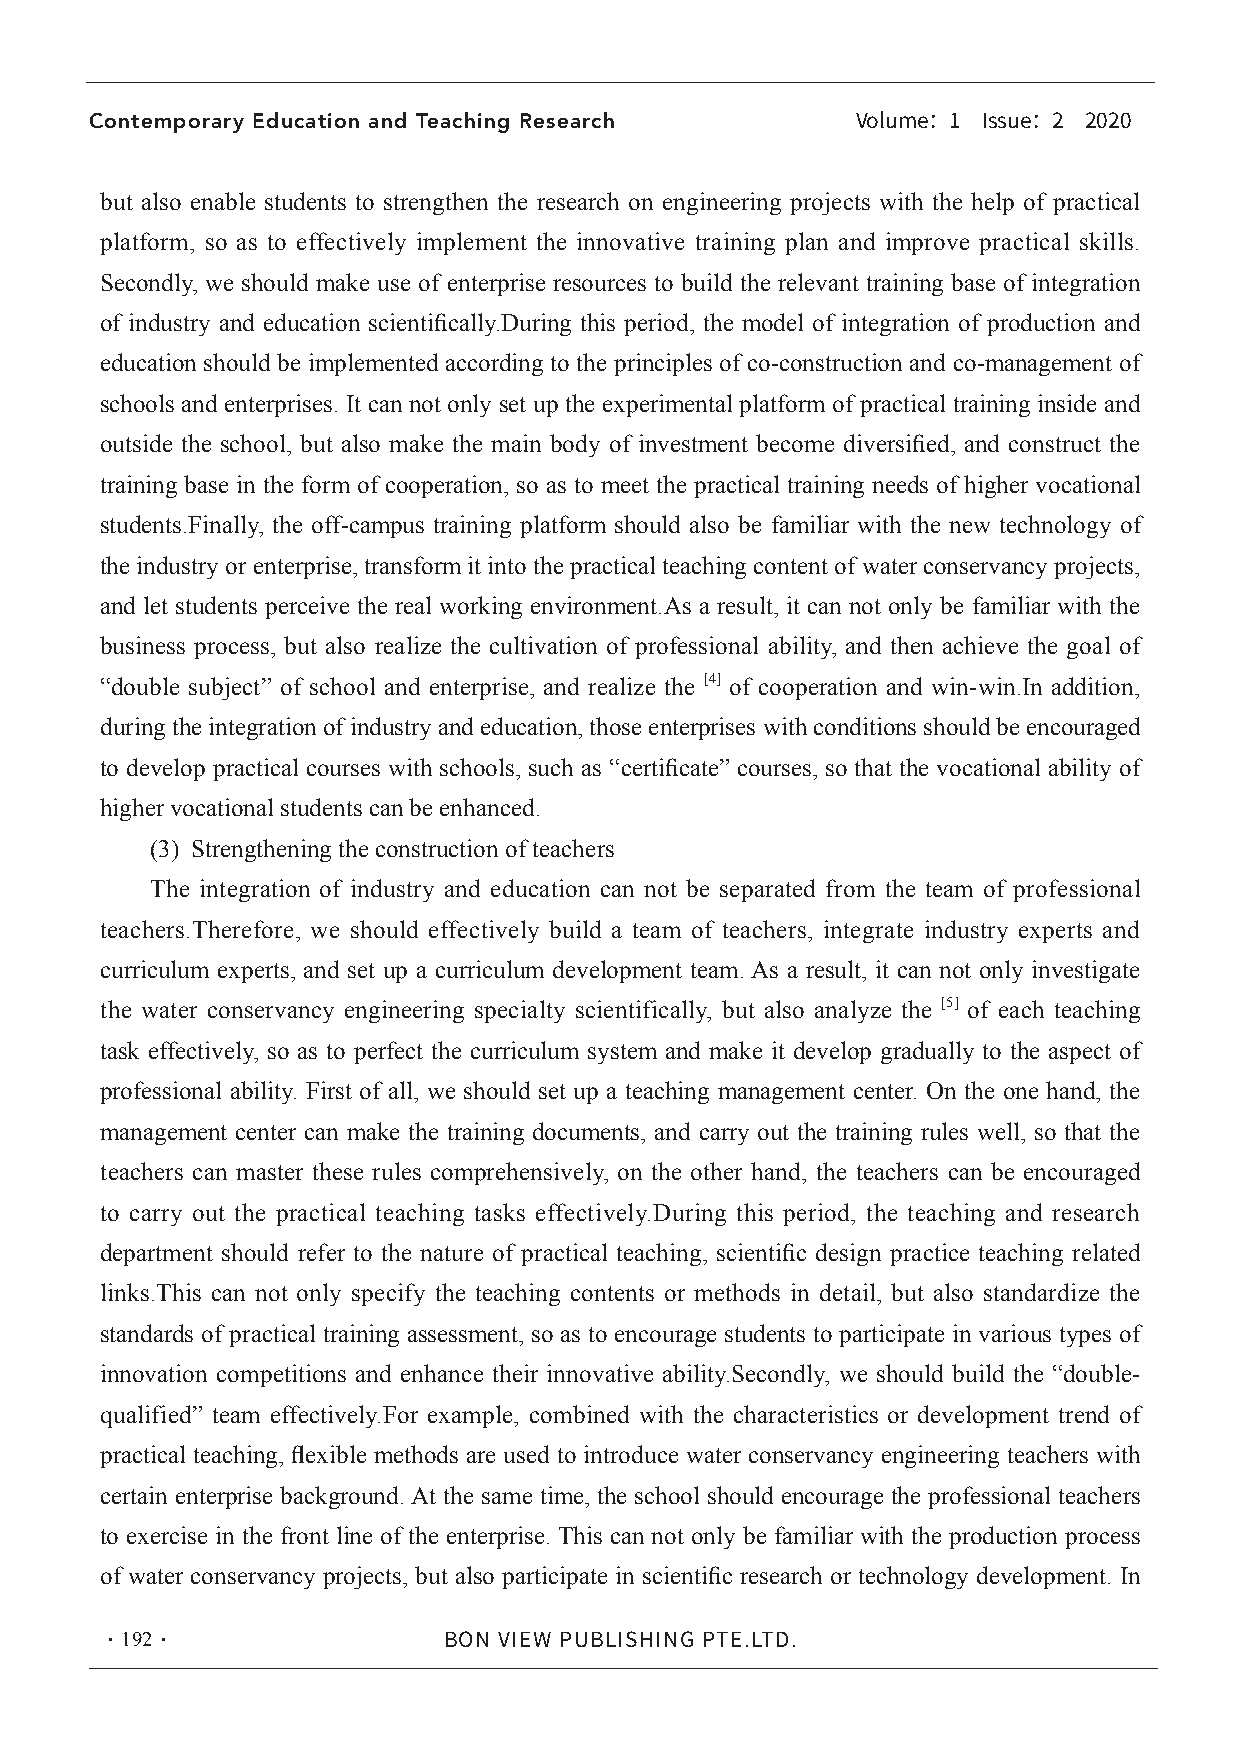
Contemporary Education and Teaching Research
 Volume：1 Issue：2 2020
 but also enable students to strengthen the research on engineering projects with the help of practical
 platform, so as to effectively implement the innovative training plan and improve practical skills.
 Secondly, we should make use of enterprise resources to build the relevant training base of integration
 of industry and education scientifically.During this period, the model of integration of production and
 education should be implemented according to the principles of co-construction and co-management of
 schools and enterprises. It can not only set up the experimental platform of practical training inside and
 outside the school, but also make the main body of investment become diversified, and construct the
 training base in the form of cooperation, so as to meet the practical training needs of higher vocational
 students.Finally, the off-campus training platform should also be familiar with the new technology of
 the industry or enterprise, transform it into the practical teaching content of water conservancy projects,
 and let students perceive the real working environment.As a result, it can not only be familiar with the
 business process, but also realize the cultivation of professional ability, and then achieve the goal of
 “double subject” of school and enterprise, and realize the [4] of cooperation and win-win.In addition,
 during the integration of industry and education, those enterprises with conditions should be encouraged
 to develop practical courses with schools, such as “certificate” courses, so that the vocational ability of
 higher vocational students can be enhanced.
 (3) Strengthening the construction of teachers
 The integration of industry and education can not be separated from the team of professional
 teachers.Therefore, we should effectively build a team of teachers, integrate industry experts and
 curriculum experts, and set up a curriculum development team. As a result, it can not only investigate
 the water conservancy engineering specialty scientifically, but also analyze the [5] of each teaching
 task effectively, so as to perfect the curriculum system and make it develop gradually to the aspect of
 professional ability. First of all, we should set up a teaching management center. On the one hand, the
 management center can make the training documents, and carry out the training rules well, so that the
 teachers can master these rules comprehensively, on the other hand, the teachers can be encouraged
 to carry out the practical teaching tasks effectively.During this period, the teaching and research
 department should refer to the nature of practical teaching, scientific design practice teaching related
 links.This can not only specify the teaching contents or methods in detail, but also standardize the
 standards of practical training assessment, so as to encourage students to participate in various types of
 innovation competitions and enhance their innovative ability.Secondly, we should build the “double-
 qualified” team effectively.For example, combined with the characteristics or development trend of
 practical teaching, flexible methods are used to introduce water conservancy engineering teachers with
 certain enterprise background. At the same time, the school should encourage the professional teachers
 to exercise in the front line of the enterprise. This can not only be familiar with the production process
 of water conservancy projects, but also participate in scientific research or technology development. In
 ·192·
 BON VIEW PUBLISHING PTE.LTD.